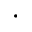
\cdot